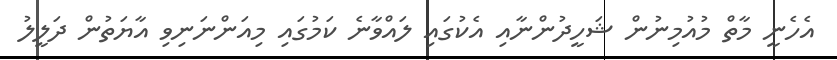
އެހެނީ މާތް މުއުމިނުން ޝަހީދުންނާއި އެކުގައި ލައްވާނެ ކަމުގައި މިއަންނަނިވި އާޔަތުން ދަލީލު